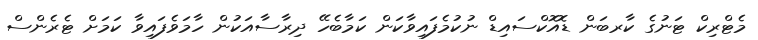
މެޓްރިކް ޓަނުގެ ކާރބަން ޑޮއޮކްސައިޑް ނުކުމެފައިވާކަން ކަމާބެހޭ ދިރާސާއަކުން ހާމަވެފައިވާ ކަމަށް ޓެރެންސް